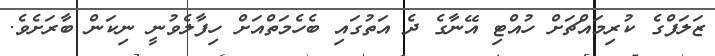
ޒަލަފްގެ ކުރިމައްޗަށް ހުއްޓި އޭނާގެ ދެ އަތުގައި ބެހެމަތްއަށް ހިފާލެވުނީ ނިކަން ބާރަށެވެ.